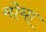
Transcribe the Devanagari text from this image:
मोघा